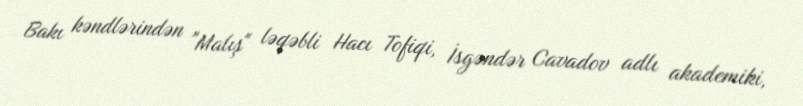
Bakı kəndlərindən "Malış" ləqəbli Hacı Tofiqi, İsgəndər Cavadov adlı akademiki,